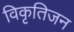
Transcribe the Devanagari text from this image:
विकृतिजन